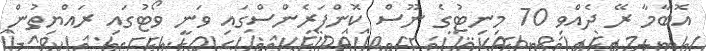
އޮބާމާ ރޭ ދެއްވި 70 މިނިޓުގެ ނޫސް ކޮންފަރެންސްގައި ވަނީ ވޯޓުގައި ރައްޔިތުން